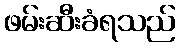
ဖမ်းဆီးခံရသည်